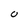
Character: O